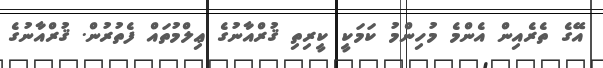
އޭގެ ތެރެއިން އެންމެ މުހިންމު ކަމަކީ ކީރިތި ޤުރްއާނުގެ ޢިލްމުތައް ފެތުރުން. ޤުރްއާނުގެ